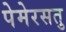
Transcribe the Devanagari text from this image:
पेमेरसतु